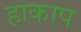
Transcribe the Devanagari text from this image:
हाकाप